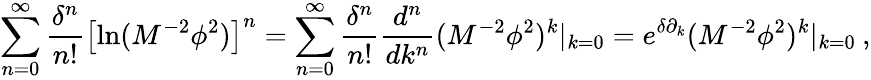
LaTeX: \sum_{n=0}^{\infty}\frac{\delta^{n}}{n!}\left[\ln(M^{-2}\phi^{2})\right]^{n}=\sum_{n=0}^{\infty}\frac{\delta^{n}}{n!}\frac{d^{n}}{dk^{n}}(M^{-2}\phi^{2})^{k}|_{k=0}=e^{\delta\partial_{k}}(M^{-2}\phi^{2})^{k}|_{k=0}\: ,